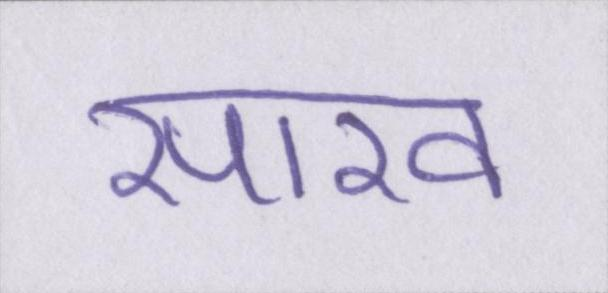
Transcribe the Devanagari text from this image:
साख